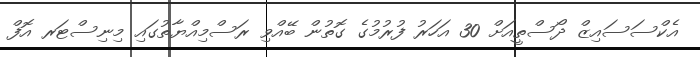
އެކްސަސައިޒް ދޯސްތީއަށް 30 އަހަރު ފުރުމުގެ ގޮތުން ބޭއްވި ރަސްމިއްޔާތުގައި މިނިސްޓަރ އޮފް